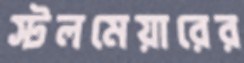
স্টলমেয়ারের